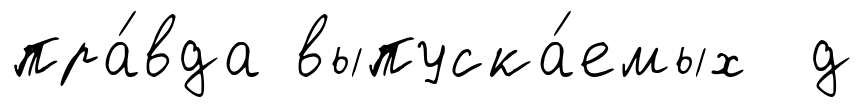
пра́вда выпуска́емых д